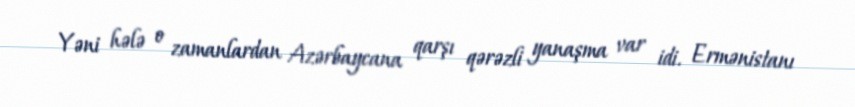
Yəni hələ o zamanlardan Azərbaycana qarşı qərəzli yanaşma var idi. Ermənistanı